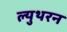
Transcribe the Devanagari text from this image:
ल्युथरन